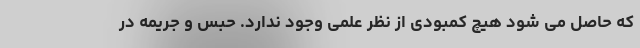
که حاصل می شود هیچ کمبودی از نظر علمی وجود ندارد. حبس و جریمه در